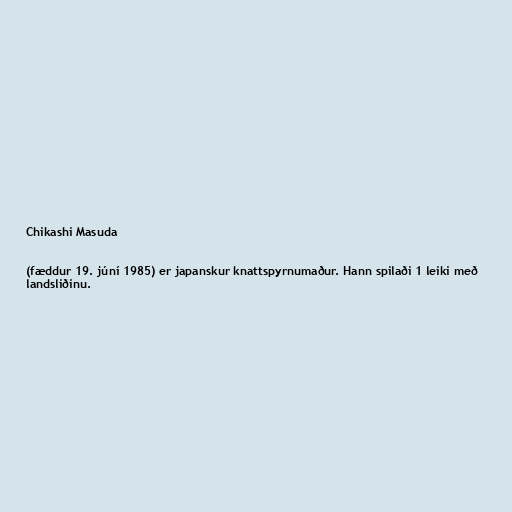
Chikashi Masuda

(fæddur 19. júní 1985) er japanskur knattspyrnumaður. Hann spilaði 1 leiki með
landsliðinu.